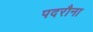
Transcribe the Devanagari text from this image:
पदरौना